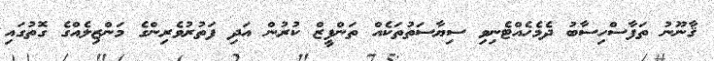
ޤާނޫނު ތަފާސްހިސާބު ދެމެހެއްޓެނިވި ސިޔާސަތުތަކެއް ތަންފީޒް ކުރުން އަދި ފަތުރުވެރިންގެ މަންޒިލެއްގެ ގޮތުގައި